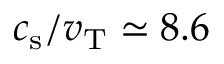
c _ { \mathrm { s } } / v _ { \mathrm { T } } \simeq 8 . 6